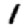
Digit: 1